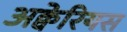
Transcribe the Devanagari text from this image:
अक्वेरियस